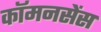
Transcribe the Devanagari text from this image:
कॉमनसेंस